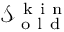
\mathcal { S } _ { \mathrm { ~ o ~ l ~ d ~ } } ^ { \mathrm { ~ k ~ i ~ n ~ } }